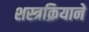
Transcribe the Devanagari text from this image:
शस्त्रक्रियाने